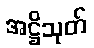
အဋ္ဌိသုတ်